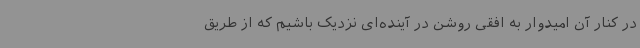
در کنار آن امیدوار به افقی روشن در آینده‌ای نزدیک باشیم که از طریق